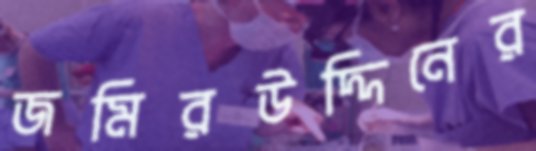
জমিরউদ্দিনের